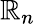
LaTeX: \mathbb{R}_{n}